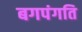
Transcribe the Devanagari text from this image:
बगपंगति